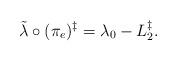
LaTeX: \begin{align*}{{\tilde \lambda}}\circ (\pi_e)^{\ddag}=\lambda_0-L_2^{\ddag}.\end{align*}